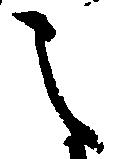
之